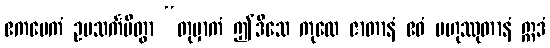
ဧကမေကံ ဥပသင်္ကမိတွာ “တုမှာကံ ဤဒိသေ ကုလေ ဇာတာနံ ဧဝံ ဗဟုဿုတာနံ ဣဒံ